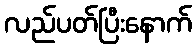
လည်ပတ်ပြီးနောက်